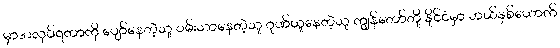
မှာအလုပ်ရတာကို ပျော်နေတဲ့သူ ဝမ်းသာနေတဲ့သူ ဂုဏ်ယူနေတဲ့သူ ကျွန်တော်တို့ နိုင်ငံမှာ ဘယ်နှစ်ယောက်